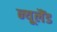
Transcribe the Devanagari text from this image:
न्‍यूलैंड